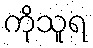
ကိုသူရ